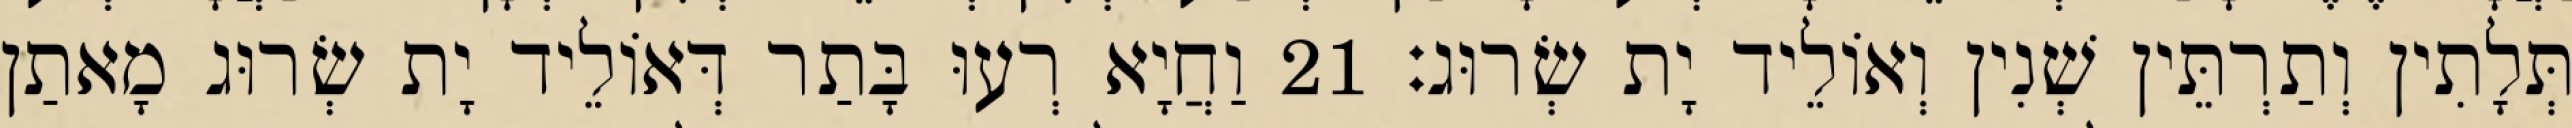
תְּלָתִין וְתַרְתֵּין שְׁנִין וְאוֹלֵיד יָת שְׂרוּג׃ 21 וַחֲיָא רְעוּ בָּתַר דְּאוֹלֵיד יָת שְׂרוּג מָאתַן